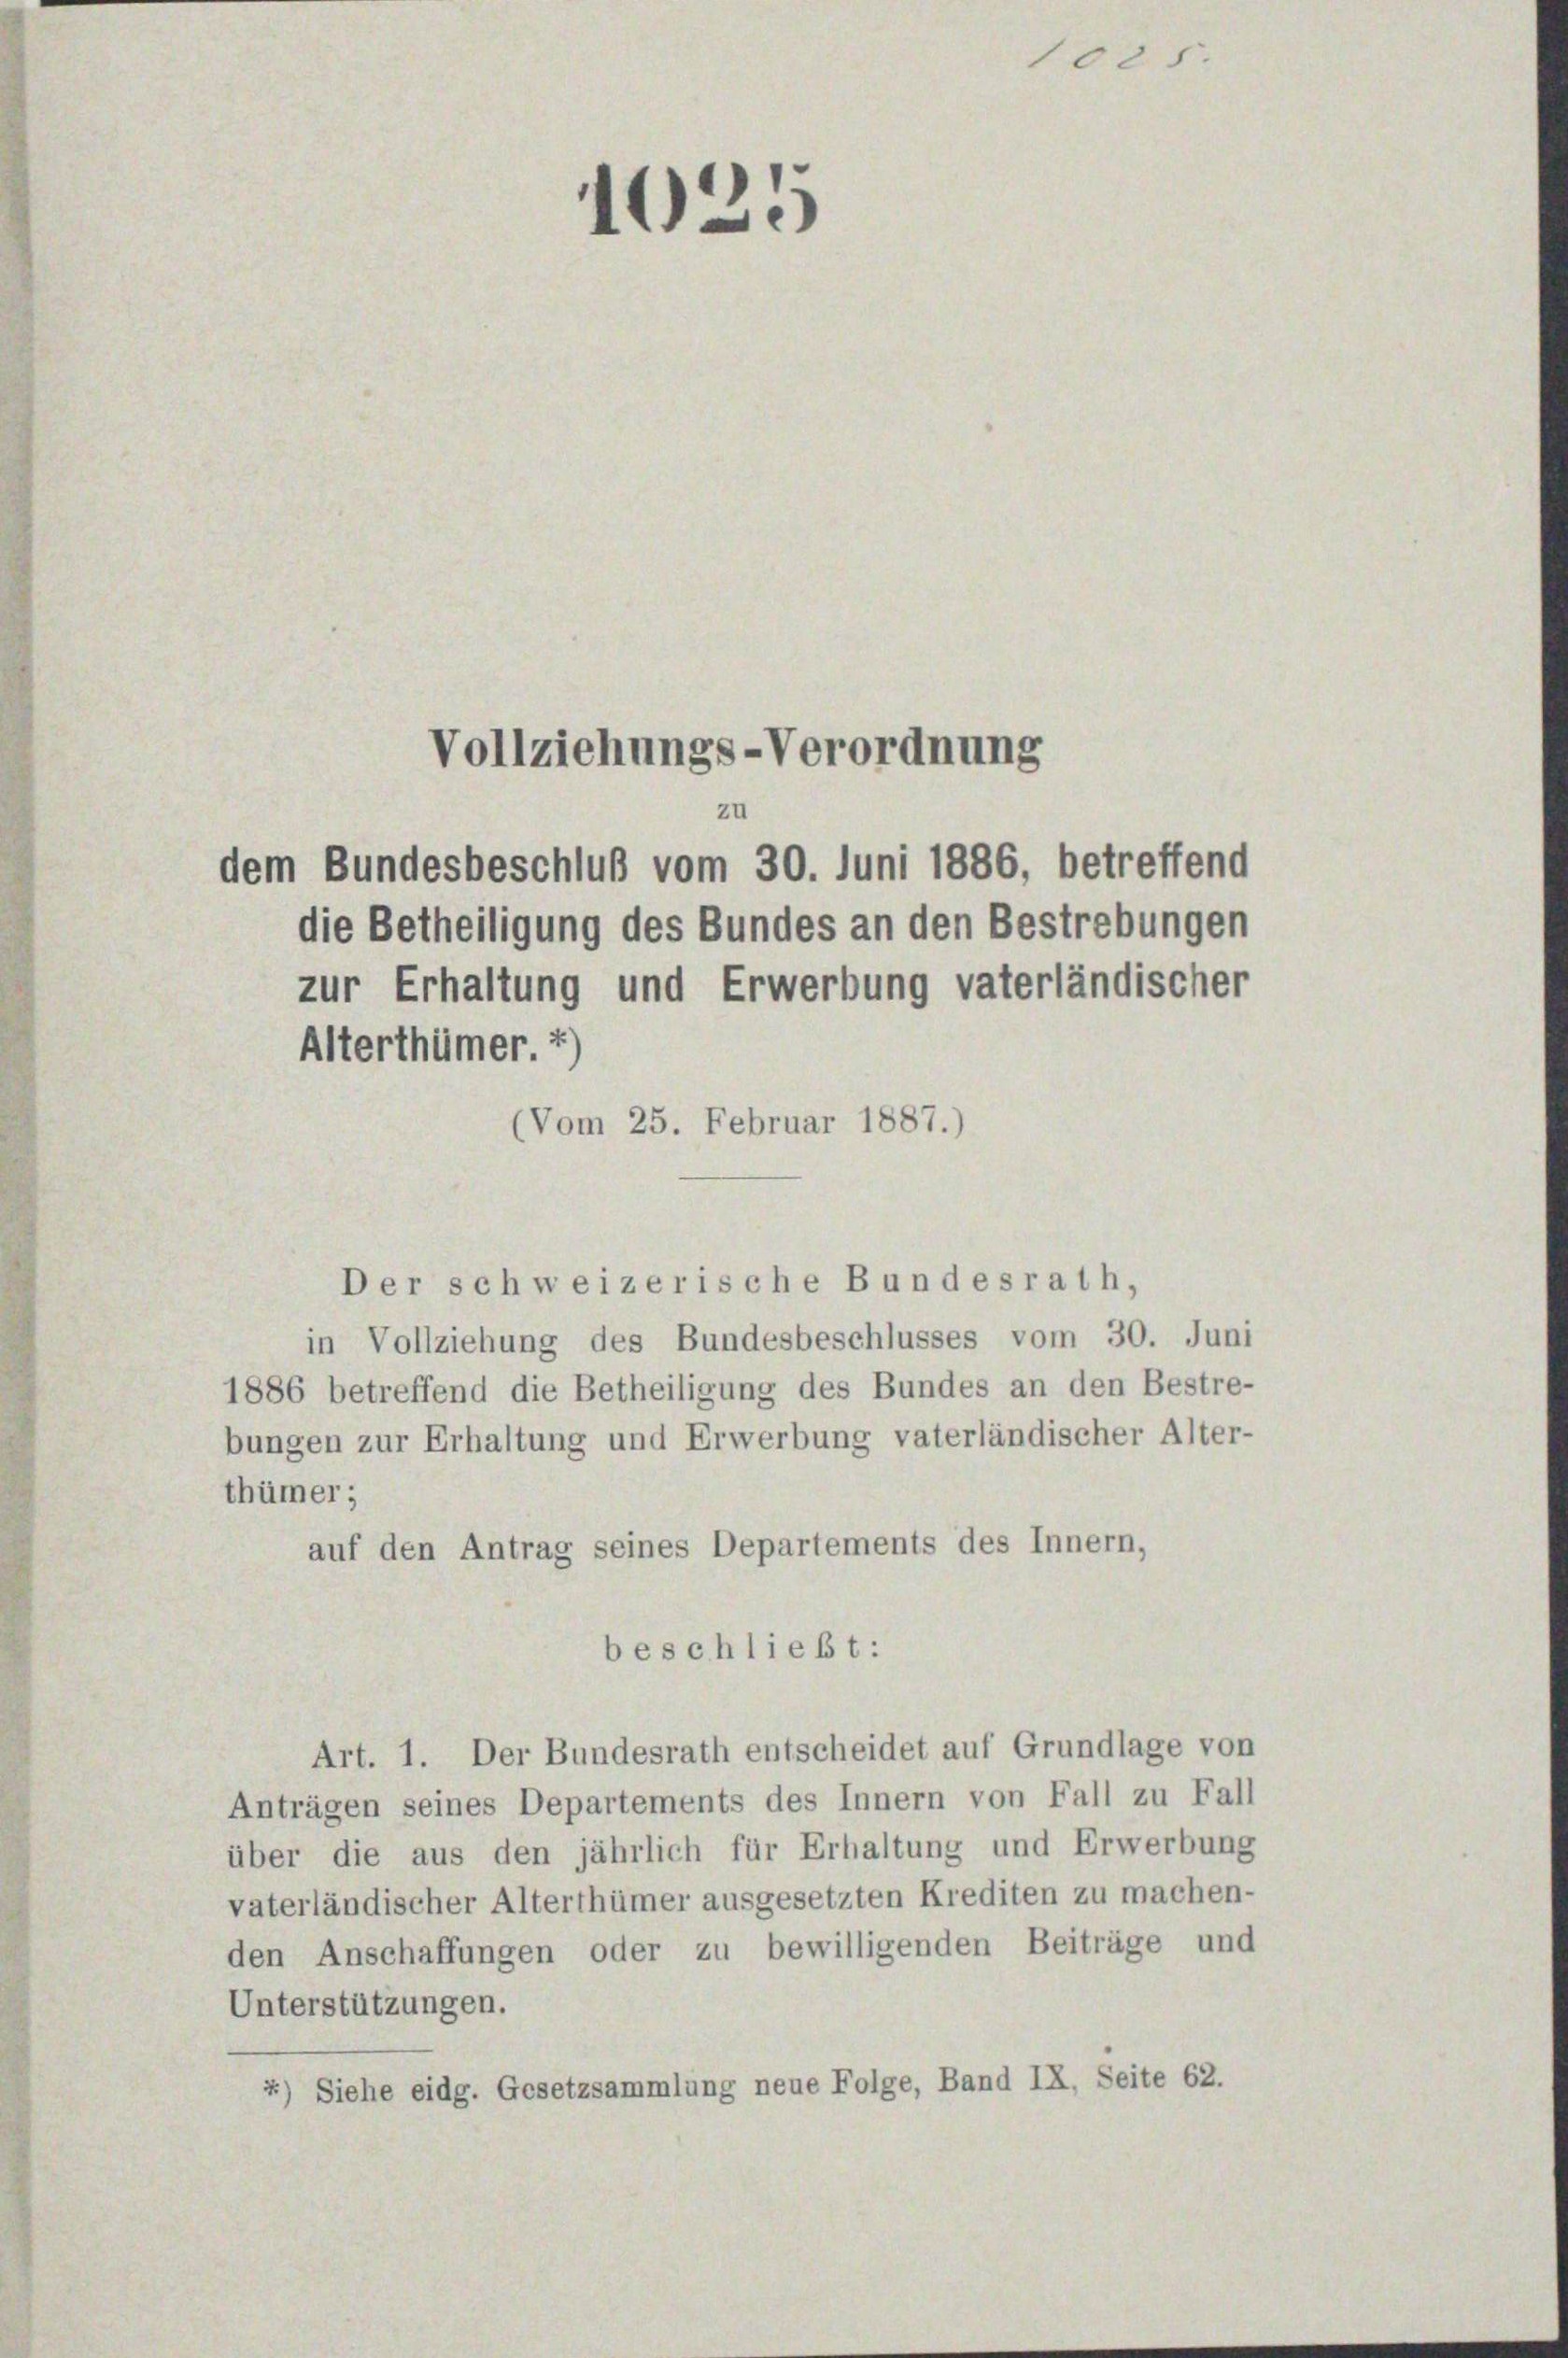
Vollziehungs-Verordnung
zu
dem Bundesbeschluß vom 30. Juni 1886, betreffend

zur Erhaltung und Erwerbung vaterländischer
Alterthümer. *)
(Vom 25. Februar 1887.)

1025

die Betheiligung des Bundes an den Bestrebungen

Der schweizerische Bundesrath,

in Vollziehung des Bundesbeschlusses vom 30. Juni
1886 betreffend die Betheiligung des Bundes an den Bestre-
bungen zur Erhaltung und Erwerbung vaterländischer Alter-
thümer;
auf den Antrag seines Departements des Innern,
beschließt:
Art. 1. Der Bundesrath entscheidet auf Grundlage von
Anträgen seines Departements des Innern von Fall zu Fall
über die aus den jährlich für Erhaltung und Erwerbung
vaterländischer Alterthümer ausgesetzten Krediten zu machen-
den Anschaffungen oder zu bewilligenden Beiträge und
Unterstützungen.
4) Siehe eidg. Gesetzsammlung neue Folge, Band IX, Seite 62.